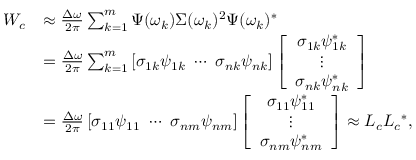
\begin{array} { r l } { \b { W _ { c } } } & { \approx \frac { \Delta \omega } { 2 \pi } \sum _ { k = 1 } ^ { m } \b { \Psi } ( \omega _ { k } ) \b { \Sigma } ( \omega _ { k } ) ^ { 2 } \b { \Psi } ( \omega _ { k } ) ^ { * } } \\ & { = \frac { \Delta \omega } { 2 \pi } \sum _ { k = 1 } ^ { m } \left[ \sigma _ { 1 k } \b { \psi } _ { 1 k } \ \cdots \ \sigma _ { n k } \b { \psi } _ { n k } \right] \left[ \begin{array} { c } { \sigma _ { 1 k } \b { \psi } _ { 1 k } ^ { * } } \\ { \vdots } \\ { \sigma _ { n k } \b { \psi } _ { n k } ^ { * } } \end{array} \right] } \\ & { = \frac { \Delta \omega } { 2 \pi } \left[ \sigma _ { 1 1 } \b { \psi } _ { 1 1 } \ \cdots \ \sigma _ { n m } \b { \psi } _ { n m } \right] \left[ \begin{array} { c } { \sigma _ { 1 1 } \b { \psi } _ { 1 1 } ^ { * } } \\ { \vdots } \\ { \sigma _ { n m } \b { \psi } _ { n m } ^ { * } } \end{array} \right] \approx \b { L _ { c } } \b { L _ { c } } ^ { * } , } \end{array}